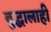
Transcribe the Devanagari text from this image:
बुद्धालाही